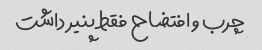
چرب و افتضاح فقط پنیر داشت